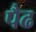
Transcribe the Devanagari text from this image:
पैढ